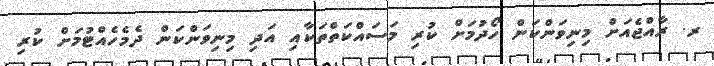
ރ. ރާއްޖެއަށް މިނިވަންކަން ހޯދުމަށް ކުރި މަސައްކަތްތަކާއި އަދި މިނިވަންކަން ދެމެހެއްޓުމަށް ކުރި